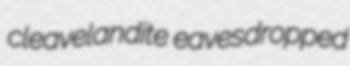
cleavelandite eavesdropped